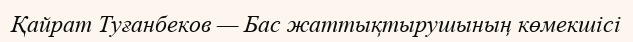
Қайрат Туғанбеков — Бас жаттықтырушының көмекшісі